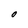
Character: O